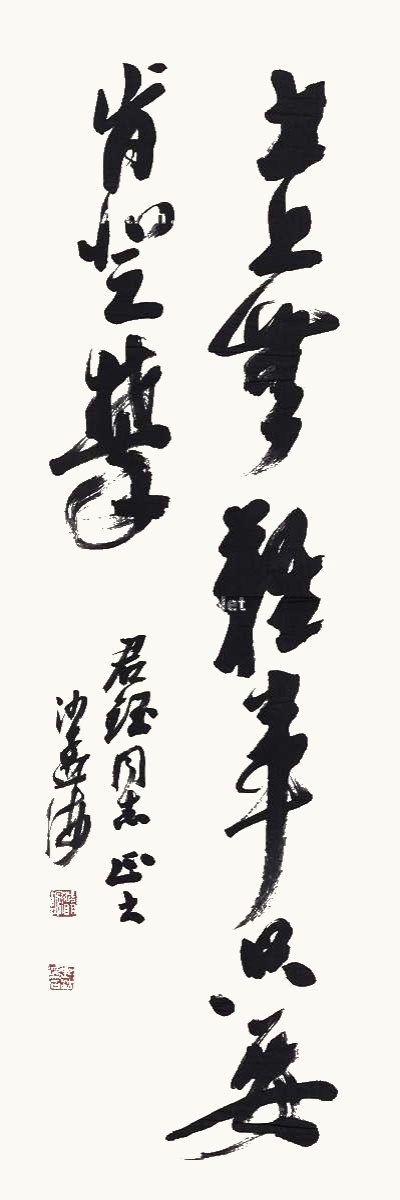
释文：世上无难事，只要肯登攀。君钰同志正之，沙孟海。